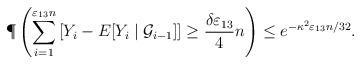
LaTeX: \begin{align*}\P\left(\sum_{i=1}^{\varepsilon_{13}n}\left[Y_i -E[Y_i\mid \mathcal{G}_{i-1}]\right]\geq \frac{\delta\varepsilon_{13}}{4}n\right) \leq e^{-\kappa^2\varepsilon_{13}n/32}.\end{align*}